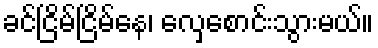
ခင်ငြိမ်ငြိမ်နေ၊ လှေစောင်းသွားမယ်။